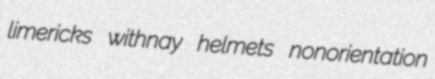
limericks withnay helmets nonorientation